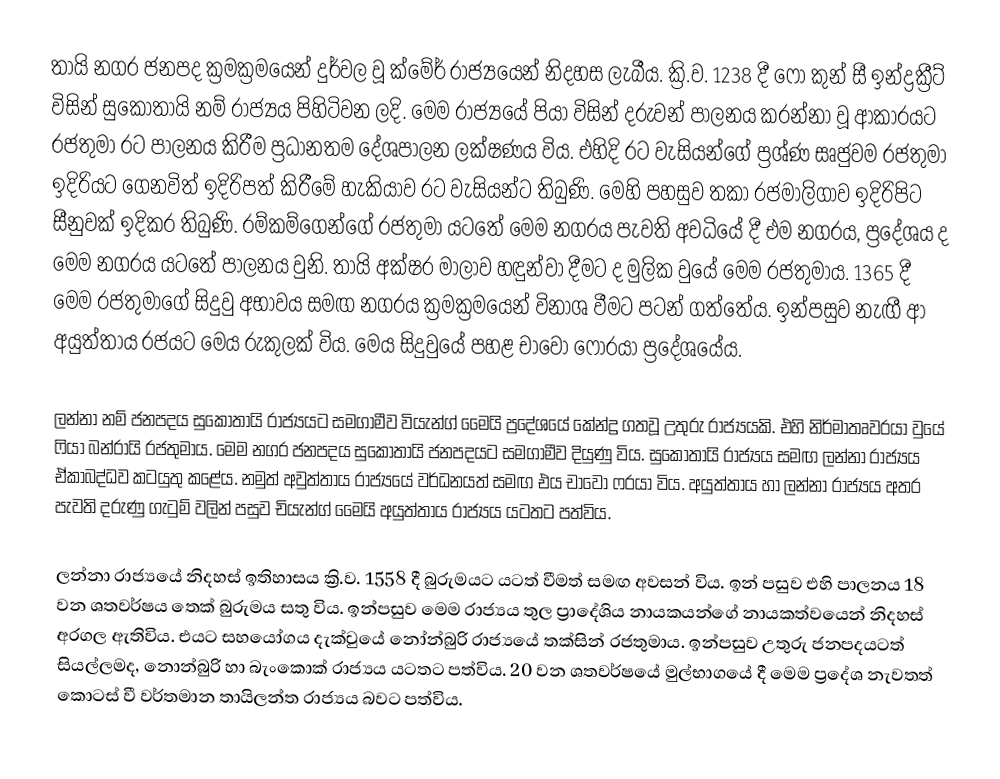
තායි නගර ජනපද ක්‍රමක්‍රමයෙන් දුර්වල වූ ක්මේර් රාජ්‍යයෙන් නිදහස ලැබීය. ක්‍රි.ව. 1238 දී ෆෝ කුන් සී ඉන්ද්‍රක්‍රීට් විසින් සුකෝතායි නම් රාජ්‍යය පිහිටිවන ලදි. මෙම රාජ්‍යයේ පියා විසින් දරුවන් පාලනය කරන්නා වූ ආකාරයට රජතුමා රට පාලනය කිරීම ප්‍රධානතම දේශපාලන ලක්ෂණය විය. ‍එහිදි රට වැසියන්ගේ ප්‍රශ්ණ සෘජුවම රජතුමා ඉදිරියට ගෙනවිත් ඉදිරිපත් කිරීමේ හැකියාව රට වැසියන්ට තිබුණි. මෙහි පහසුව තකා රජමාලිගාව ඉදිරිපිට සීනුවක් ඉදිකර තිබුණි. රම්කම්ගෙන්ගේ රජතුමා යටතේ මෙම නගරය පැවති අවධියේ දී එම නගරය, ප්‍රදේශය ද මෙම නගරය යටතේ පාලනය වුනි. තායි අක්ෂර මාලාව හඳුන්වා දීමට ද මුලික වුයේ මෙම රජතුමාය. 1365 දී මෙම රජතුමාගේ සිදුවු අභාවය සමඟ නගරය ක්‍රමක්‍රමයෙන් විනාශ වීමට පටන් ගත්තේය. ඉන්පසුව නැඟී ආ අයුත්තාය රජයට මෙය රුකුලක් විය. මෙය සිදුවුයේ පහළ චාවෝ ෆොරයා ප්‍රදේශයේය.

ලන්නා නම් ජනපදය සුකෝතායි රාජ්‍යයට සමගාමීව වියැන්ග් මෛයි ප්‍රදේශයේ කේන්ද්‍ර ගතවූ උතුරු රාජ්‍යයකි. එහි නිර්මාතෘවරයා වුයේ ෆියා බන්රායි  රජතුමාය. මෙම නගර ජනපදය සුකෝතායි ජනපදයට සමගාමීව දියුණු විය. සුකෝතායි රාජ්‍යය සමඟ ලන්නා රාජ්‍යය ඒකාබද්ධව කටයුතු කළේය. නමුත් අවුත්තාය රාජ්‍යයේ වර්ධනයත් සමඟ එය චාවෝ ෆරයා විය. අයුත්තාය හා ලන්නා රාජ්‍යය අතර  පැවති දරුණු ගැටුම් වලින් පසුව චියැන්ග් මෛයි අයුත්තාය රාජ්‍යය යටතට පත්විය.

ලන්නා රාජ්‍යයේ නිදහස් ඉතිහාසය ක්‍රි.ව. 1558 දී බුරුමයට යටත් වීමත් සමඟ අවසන් විය. ඉන් පසුව එහි පාලනය 18 වන ශතවර්ෂය තෙක් බුරුමය සතු විය. ඉන්පසුව මෙම රාජ්‍යය තුල ප්‍රාදේශිය නායකයන්ගේ නායකත්වයෙන් නිදහස් අරගල ඇතිවිය. එයට සහයෝගය දැක්වුයේ නෝන්බුරි රාජ්‍යයේ තක්සින් රජතුමාය. ඉන්පසුව උතුරු ජනපදයටත් සියල්ලමද, නොන්බුරි හා බැංකොක් රාජ්‍යය යටතට පත්විය. 20 වන ශතවර්ෂයේ මුල්භාගයේ දී මෙම ප්‍රදේශ නැවතත් කොටස් වී වර්තමාන තායිලන්ත රාජ්‍යය බවට පත්විය.